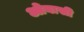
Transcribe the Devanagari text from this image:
ओबासी